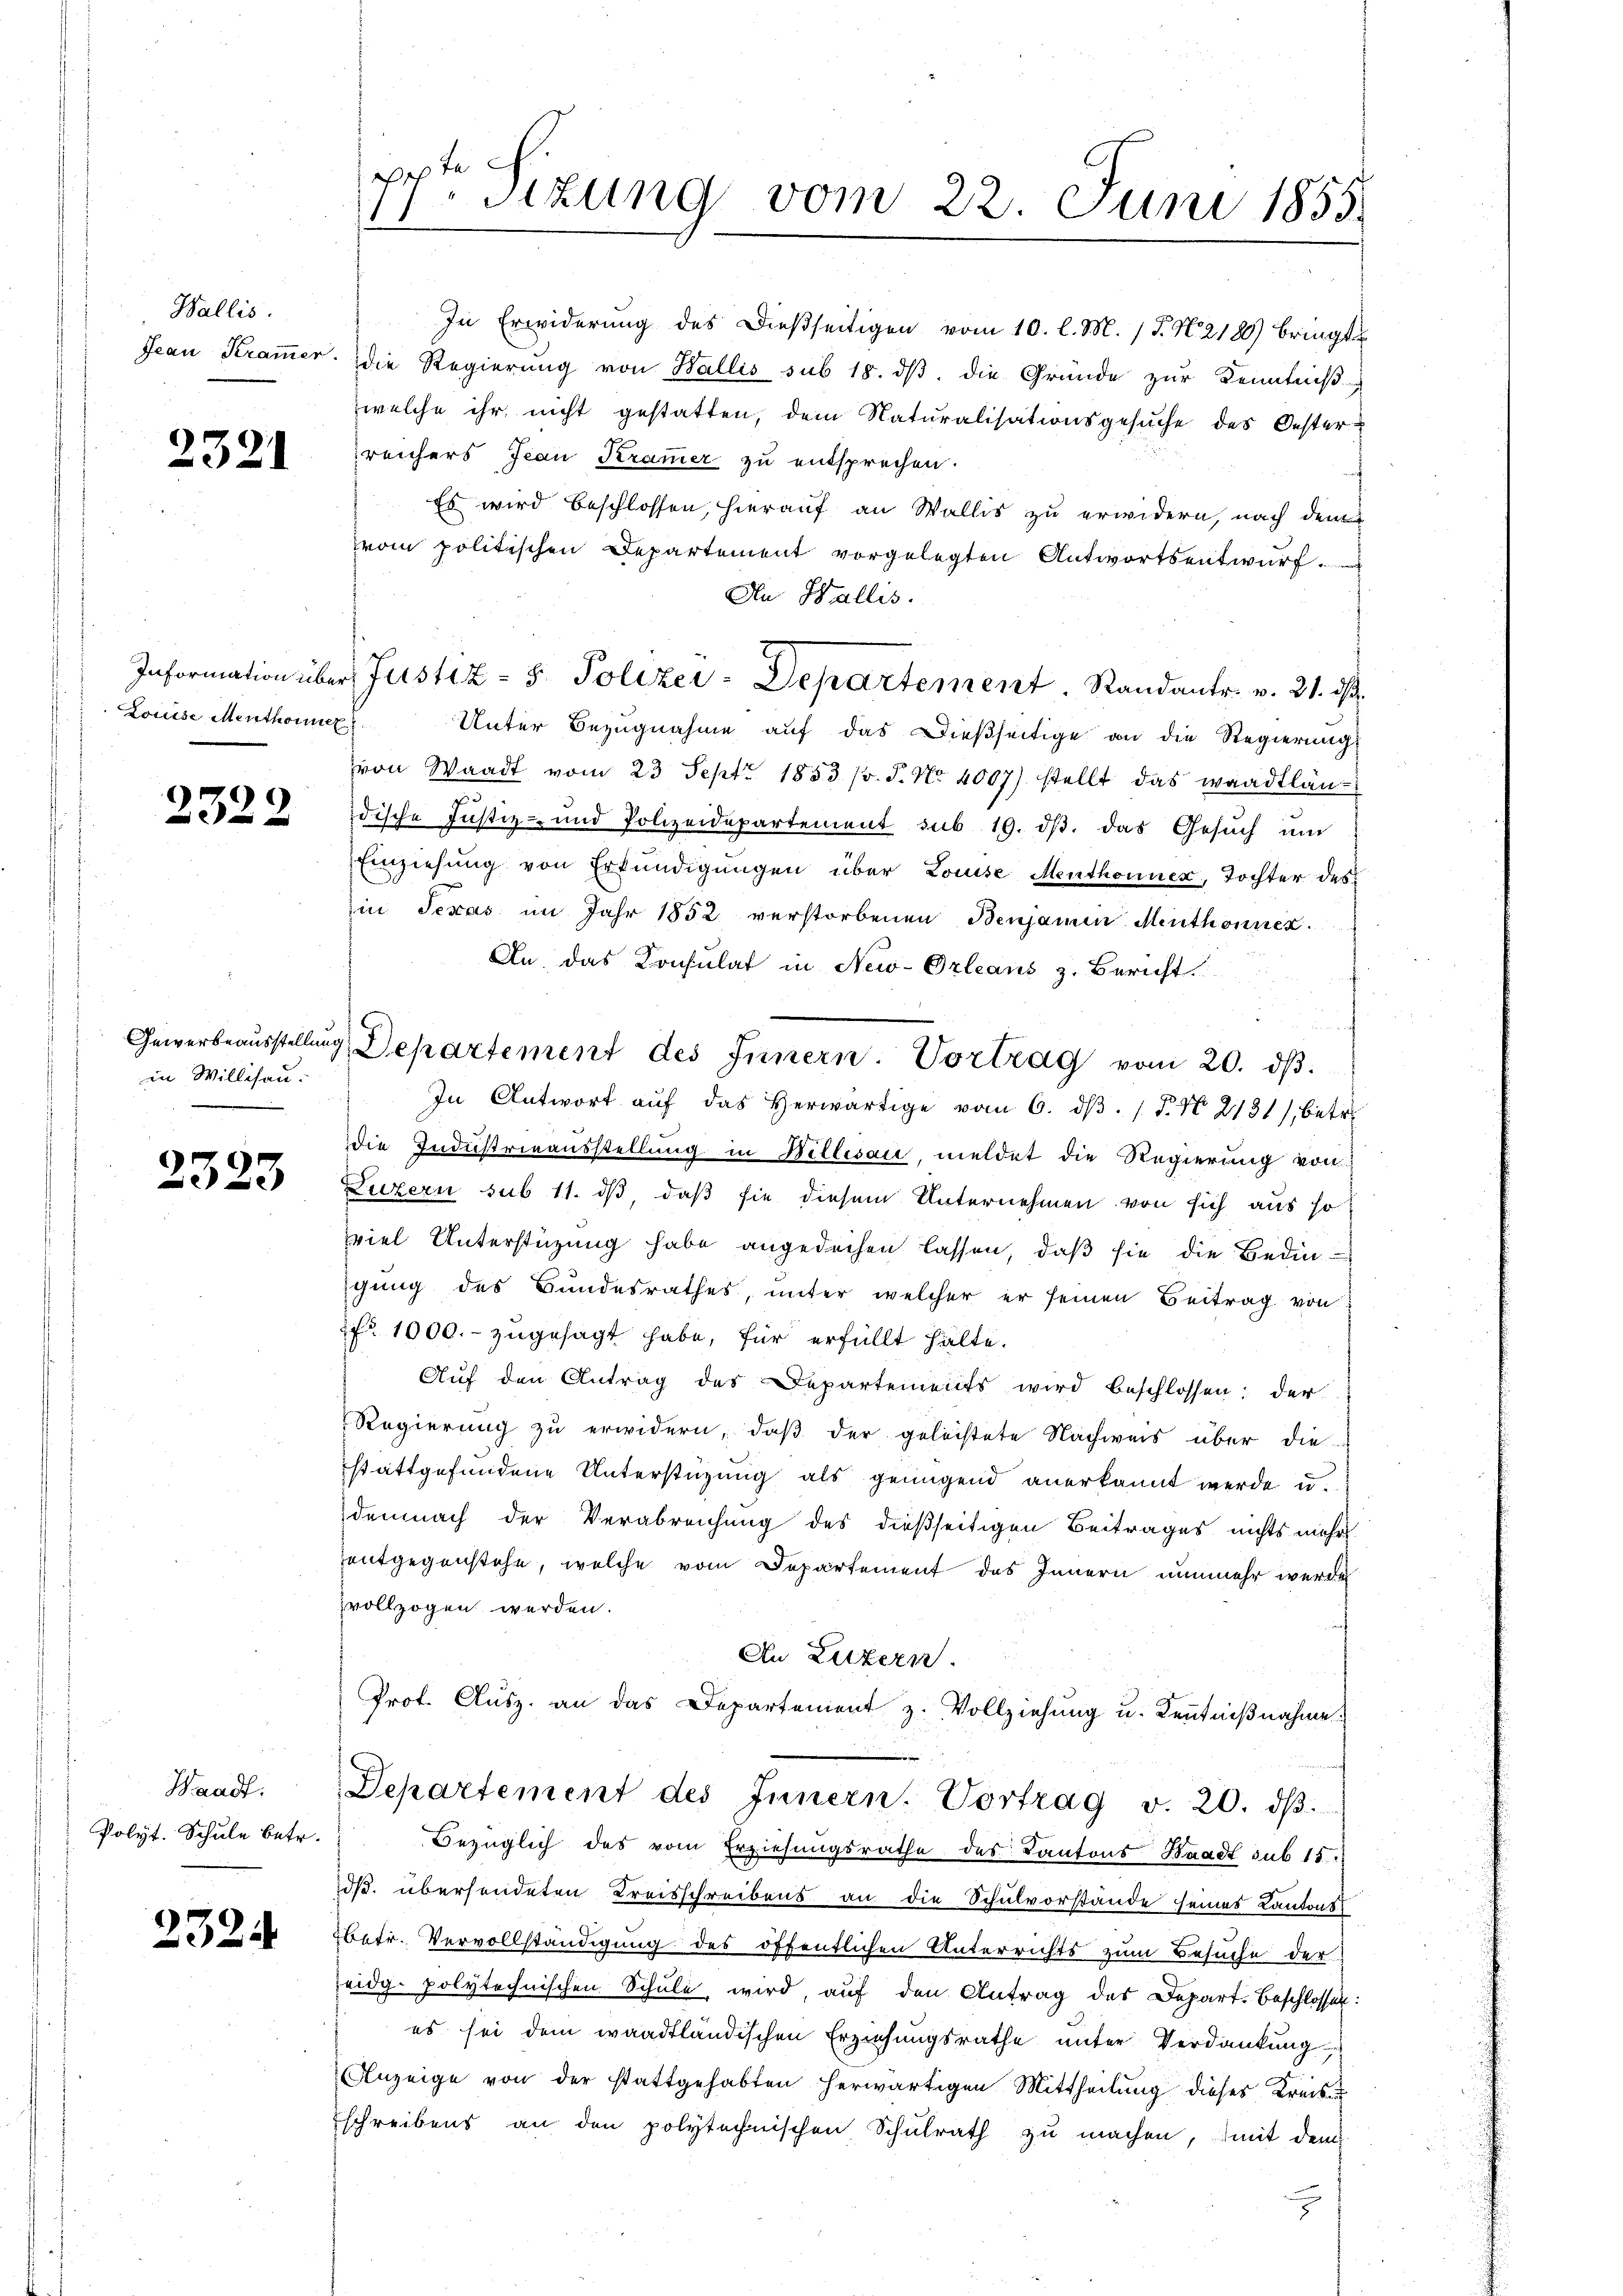
Wallis.

2321

Louise Menthonier

d
232

in Willisau.

2323

Waadt.
Polyt. Schule betr.

2324

aß
1
Sitzung vom 22. Juni 1855.

In Erwiderung des Dießseitigen vom 10. l. M. (T. N. 2180) bringt
Jean Kramer. die Regierung von Wallis sub 18. dβ die Gründe zur Kenntniß
welche ihr nicht gestatten, dem Naturalisationsgesuche des Oesterreichers Jean Kramer zu entsprechen.
Es wird beschlossen, hierauf an Wallis zu erwidern, nach dem
vom politischen Departement vorgelegten Antwortsentwurf.
An Wallis.
Information über Justiz - 5. Polizei-Departement. Randantr. v. 21. ds.
Unter Bezugnahme auf das dießseitige an die Regierung
von Waadt vom 23. Sept. 1853 (s. S. Nr. 4007) stellt das waadtländische Justiz- und Polizeidepartement sub 19. dβ. das Gesŭch ŭm
Einziehung von Erkundigungen über Louise Menthonner, Tochter des
in Texas im Jahr 1852 verstorbenen Benjamin Menthonner
An das Konsulat in New-Orleans z. Bericht
Gewerbeausstellung, Departement des Innern. Vortrag vom 20. ds.
In Antwort aŭf das herwärtige vom 6. dβ. / 5. No 2131, betr.
die Industrieausstellung in Willesau, meldet die Regierung von
Luzern sub 11. ds, daß sie diesem Unternehmen von sich aus so
viel Unterstüzung habe angedeihen lassen, daß sie die Bedingung des Bundesrathes, unter welcher er seinen Beitrag von
fr. 1000.- zugesagt habe, für erfüllt halte.
Auf den Antrag des Departements wird beschlossen; der
Regierung zu erwidern, daß der geleistete Nachweis über die
stattgefundene Unterstüzung als genügend anerkannt werde u.
demnach der Verabreichung des dießseitigen Beitrages nichts mehr
entgegenstehe, welche vom Departement des Innern nunmehr werde
vollzogen werden.
An Luzern.
Prot. Ausz. an das Departement z. Vollziehung u. Kenntnißnahme.
Departement des Innern. Vortrag v. 20. dβ.
Bezüglich des vom Erziehungsrathe des Kantons Waadt sub 15.
ds. übersendeten Kreisschreibens an die Schulvorstände seines Kantons
betr. Vervollständigung des öffentlichen Unterrichts zum Besuche der
eidg. polytechnischen Schule wird, auf den Antrag des Depart. Beschlossen:
es sei dem waadtländischen Erziehungsrathe unter Verdankung
Anzeige von der stattgehabten herwärtigen Mittheilung dieses Kreise
schreibens an den polytechnischen Schulrath zu machen, mit dem